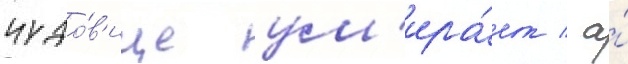
чудо́в'ище ум'ира́ет / а́